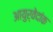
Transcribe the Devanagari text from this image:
आयुर्वेदांक